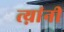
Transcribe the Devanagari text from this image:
त्य़ांनी